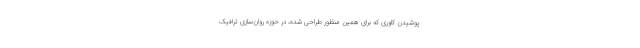
پوشیدن کاوری که برای همین منظور طراحی شده، در حوزه روان‌سازی ترافیک